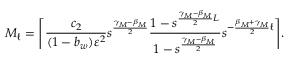
M _ { \ell } = \Bigg \lceil \frac { c _ { 2 } } { ( 1 - b _ { w } ) \varepsilon ^ { 2 } } s ^ { \frac { \gamma _ { M } - \beta _ { M } } { 2 } } \frac { 1 - s ^ { \frac { \gamma _ { M } - \beta _ { M } } { 2 } L } } { 1 - s ^ { \frac { \gamma _ { M } - \beta _ { M } } { 2 } } } s ^ { - \frac { \beta _ { M } + \gamma _ { M } } { 2 } \ell } \Bigg \rceil .